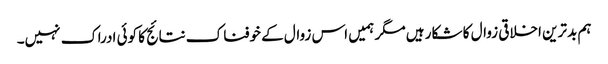
ہم بدترین اخلاقی زوال کا شکار ہیں مگر ہمیں اس زوال کے خوفناک نتائج کا کوئی ادراک نہیں۔